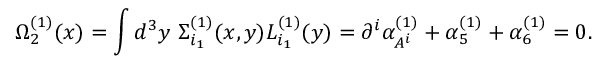
\Omega _ { 2 } ^ { ( 1 ) } ( x ) = \int d ^ { 3 } y \ \Sigma _ { i _ { 1 } } ^ { ( 1 ) } ( x , y ) L _ { i _ { 1 } } ^ { ( 1 ) } ( y ) = \partial ^ { i } \alpha _ { A ^ { i } } ^ { ( 1 ) } + \alpha _ { 5 } ^ { ( 1 ) } + \alpha _ { 6 } ^ { ( 1 ) } = 0 .